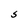
Character: S